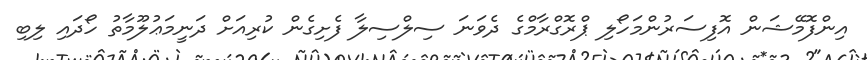
އިންފޮމޭޝަން އޮފިސަރުންމަހޯލި ޕްރޮގްރާމްގެ ދެވަނަ ސިލްސިލާ ފެށިގެން ކުރިއަށް ދަނީމަޢުލޫމާތު ހޯދައި ލިބި